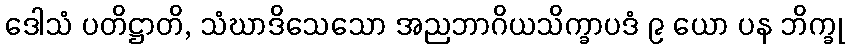
ဒေါသံ ပတိဋ္ဌာတိ, သံဃာဒိသေသော အညဘာဂိယသိက္ခာပဒံ ၉ ယော ပန ဘိက္ခု